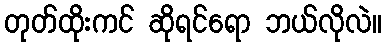
တုတ်ထိုးကင် ဆိုရင်ရော ဘယ်လိုလဲ။